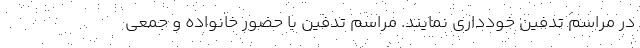
در مراسم تدفین خودداری نمایند. مراسم تدفین با حضور خانواده و جمعی